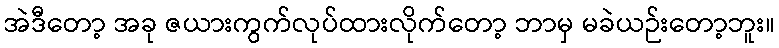
အဲဒီတော့ အခု ဇယားကွက်လုပ်ထားလိုက်တော့ ဘာမှ မခဲယဉ်းတော့ဘူး။